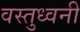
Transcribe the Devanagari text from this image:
वस्तुध्वनी